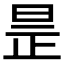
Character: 𣆞